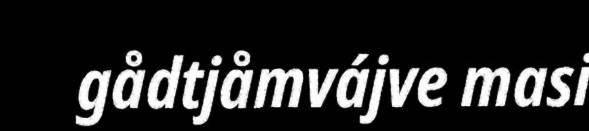
gådtjåmvájve masi